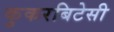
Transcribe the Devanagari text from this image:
कुकरबिटेसी